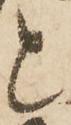
と